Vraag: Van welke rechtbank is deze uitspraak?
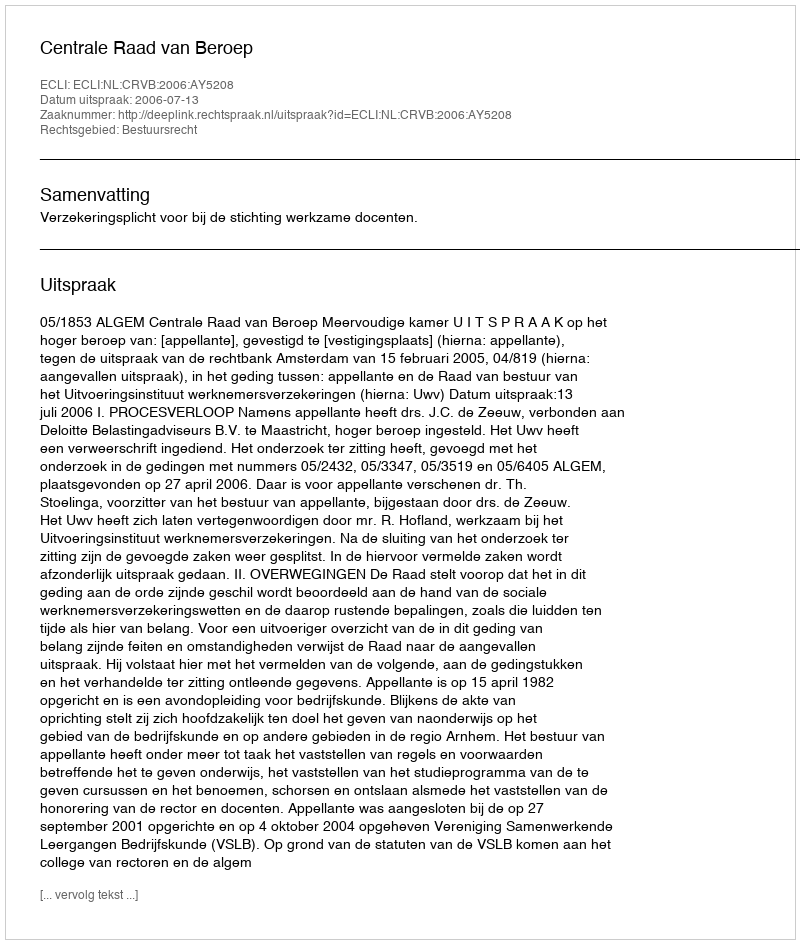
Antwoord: Centrale Raad van Beroep